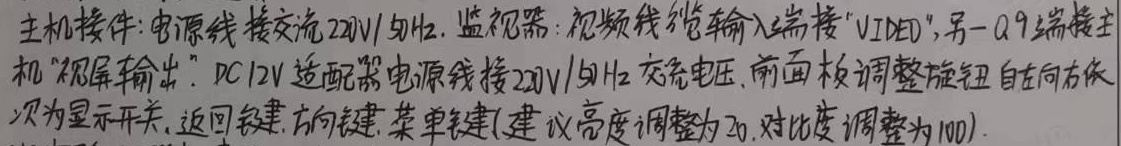
主机接件：电源线接交流220V/50Hz。
监视器：视频线缆输入端接“VIDEO”，另一Q9端接主机“视屏输出”。
DC12V适配器电源线接220V/50Hz交流电压。
前面板调整旋钮自左向右依次为显示开关、返回键、方向键、菜单键(建议亮度调整为20，对比度调整为100)。